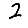
Digit: 2